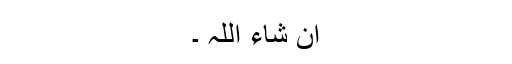
ان شاء اللہ ۔